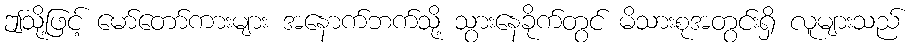
ဤသို့ဖြင့် မော်တော်ကားများ အနောက်ဘက်သို့ သွားနေခိုက်တွင် မိသားစုအတွင်းရှိ လူများသည်